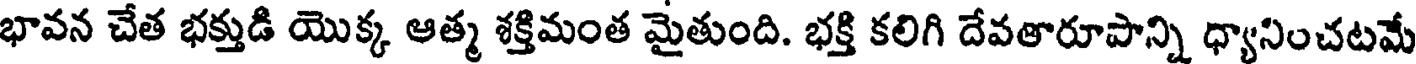
భావన చేత భక్తుడి యొక్క ఆత్మ శక్తిమంత మైతుంది. భక్తి కలిగి దేవతారూపాన్ని ధ్యానించటమే